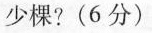
少棵？ (6分)